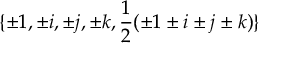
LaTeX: \{ \pm 1 , \pm i , \pm j , \pm k , { \frac { 1 } { 2 } } ( \pm 1 \pm i \pm j \pm k ) \}